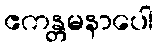
ဧကန္တမနာပေါ